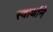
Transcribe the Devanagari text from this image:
स्वार्थाने